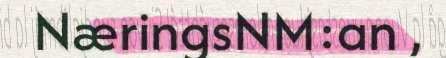
NæringsNM:an ,